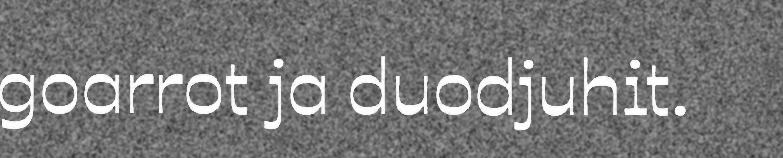
goarrot ja duodjuhit.